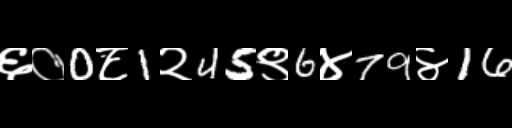
Text: ६०0८1२45९6४79४16